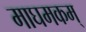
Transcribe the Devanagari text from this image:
माघमकम्